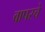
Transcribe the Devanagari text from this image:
वापरचे